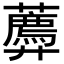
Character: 𧂑